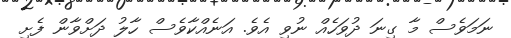
ނަމަވެސް މާ ގިނަ ދުވަހެއް ނުވި އެވެ. އަނެއްކާވެސް ހާލު ދަށްވާން ފެށި